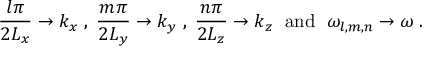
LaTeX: \frac { l \pi } { 2 L _ { x } } \to k _ { x } \; , \; \frac { m \pi } { 2 L _ { y } } \to k _ { y } \; , \; \frac { n \pi } { 2 L _ { z } } \to k _ { z } \; \mathrm { ~ a n d ~ } \; \omega _ { l , m , n } \to \omega \; .